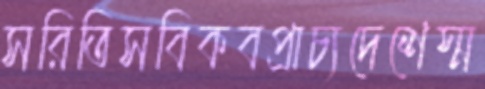
সরিতিসবিকবপ্রাচ্যদেশেস্ম